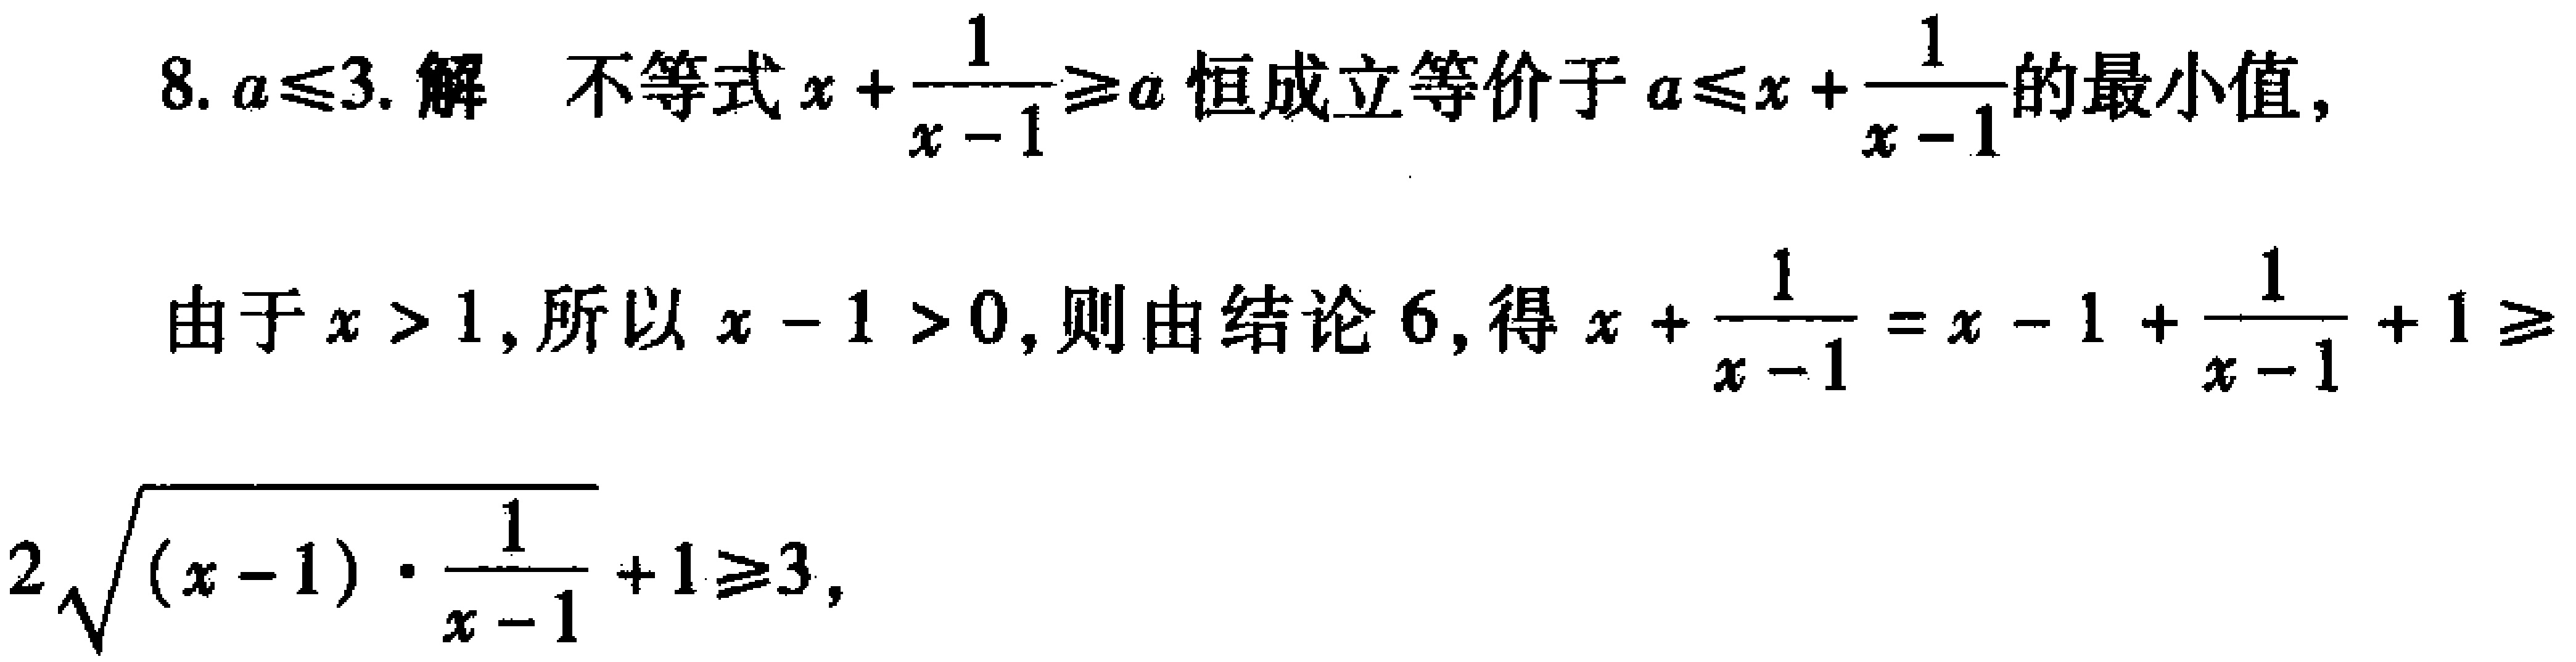
8. \(a\leqslant3\). 解 不等式\(x + \frac{1}{x - 1}\geqslant a\)恒成立等价于\(a\leqslant x + \frac{1}{x - 1}\)的最小值,

由于\(x > 1\), 所以\(x - 1 > 0\), 则由结论 6, 得\(x + \frac{1}{x - 1}=x - 1 + \frac{1}{x - 1}+1\geqslant2\sqrt{(x - 1)\cdot\frac{1}{x - 1}}+1\geqslant3\),